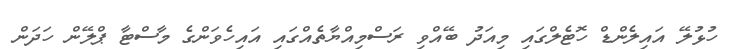
ހުޅުލޭ އައިލެންޑް ހޮޓެލްގައި މިއަދު ބޭއްވި ރަސްމިއްޔާތެއްގައި އައިހެވަންގެ މާސްޓާ ޕްލޭން ހަދަން